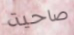
صاحية